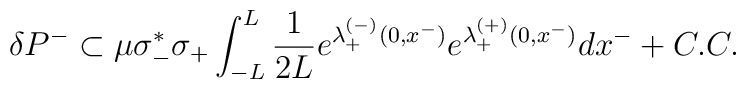
\delta P^- \subset \mu \sigma_-^*\sigma_+ \int_{-L}^L {1\over{2L}} e^{\lambda_+^{(-)}(0,x^-)} e^{\lambda_+^{(+)}(0,x^-)} dx^- +C.C.